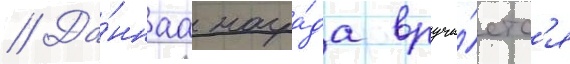
// Да́ннаа награ́да вруча́етс'я